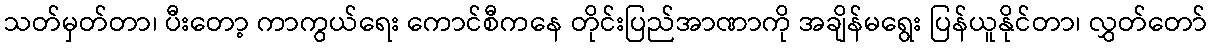
သတ်မှတ်တာ၊ ပီးတော့ ကာကွယ်ရေး ကောင်စီကနေ တိုင်းပြည်အာဏာကို အချိန်မရွေး ပြန်ယူနိုင်တာ၊ လွှတ်တော်